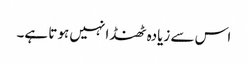
اس سے زیادہ ٹھنڈا نہیں ہوتا ہے۔